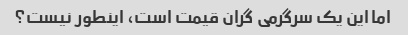
اما این یک سرگرمی گران قیمت است، اینطور نیست؟